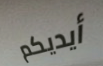
أيديكم